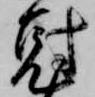
剋